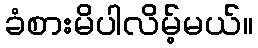
ခံစားမိပါလိမ့်မယ်။